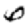
Digit: 6